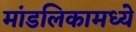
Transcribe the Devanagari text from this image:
मांडलिकामध्ये